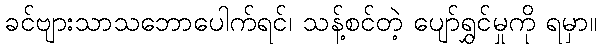
ခင်ဗျားသာသဘောပေါက်ရင်၊ သန့်စင်တဲ့ ပျော်ရွှင်မှုကို ရမှာ။